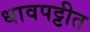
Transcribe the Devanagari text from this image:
धावपट्टीत